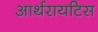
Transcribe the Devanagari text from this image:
आर्थरायटिस